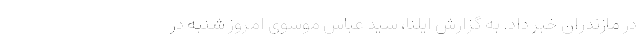
در مازندران خبر داد. به گزارش ایلنا، سید عباس موسوی امروز شنبه در